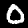
Label: 0